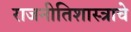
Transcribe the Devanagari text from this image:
राजनीतिशास्त्राचे